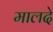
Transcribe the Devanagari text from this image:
मालदे